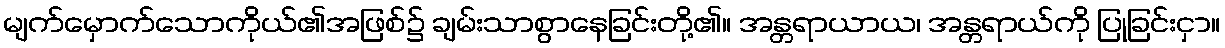
မျက်မှောက်သောကိုယ်၏အဖြစ်၌ ချမ်းသာစွာနေခြင်းတို့၏။ အန္တရာယာယ၊ အန္တရာယ်ကို ပြုခြင်းငှာ။